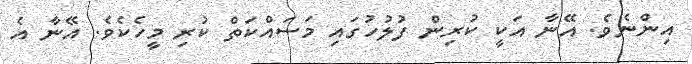
އިންނެވެ. އޭނާ އަކީ ކުރިން ފުލުހުގައި މަސައްކަތް ކުރި މީހެކެވެ. އޭނާ އެ